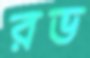
রভ